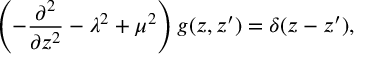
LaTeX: \left( - { \frac { \partial ^ { 2 } } { \partial z ^ { 2 } } } - \lambda ^ { 2 } + \mu ^ { 2 } \right) g ( z , z ^ { \prime } ) = \delta ( z - z ^ { \prime } ) ,